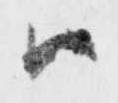
ハ